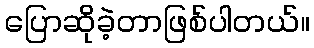
ပြောဆိုခဲ့တာဖြစ်ပါတယ်။